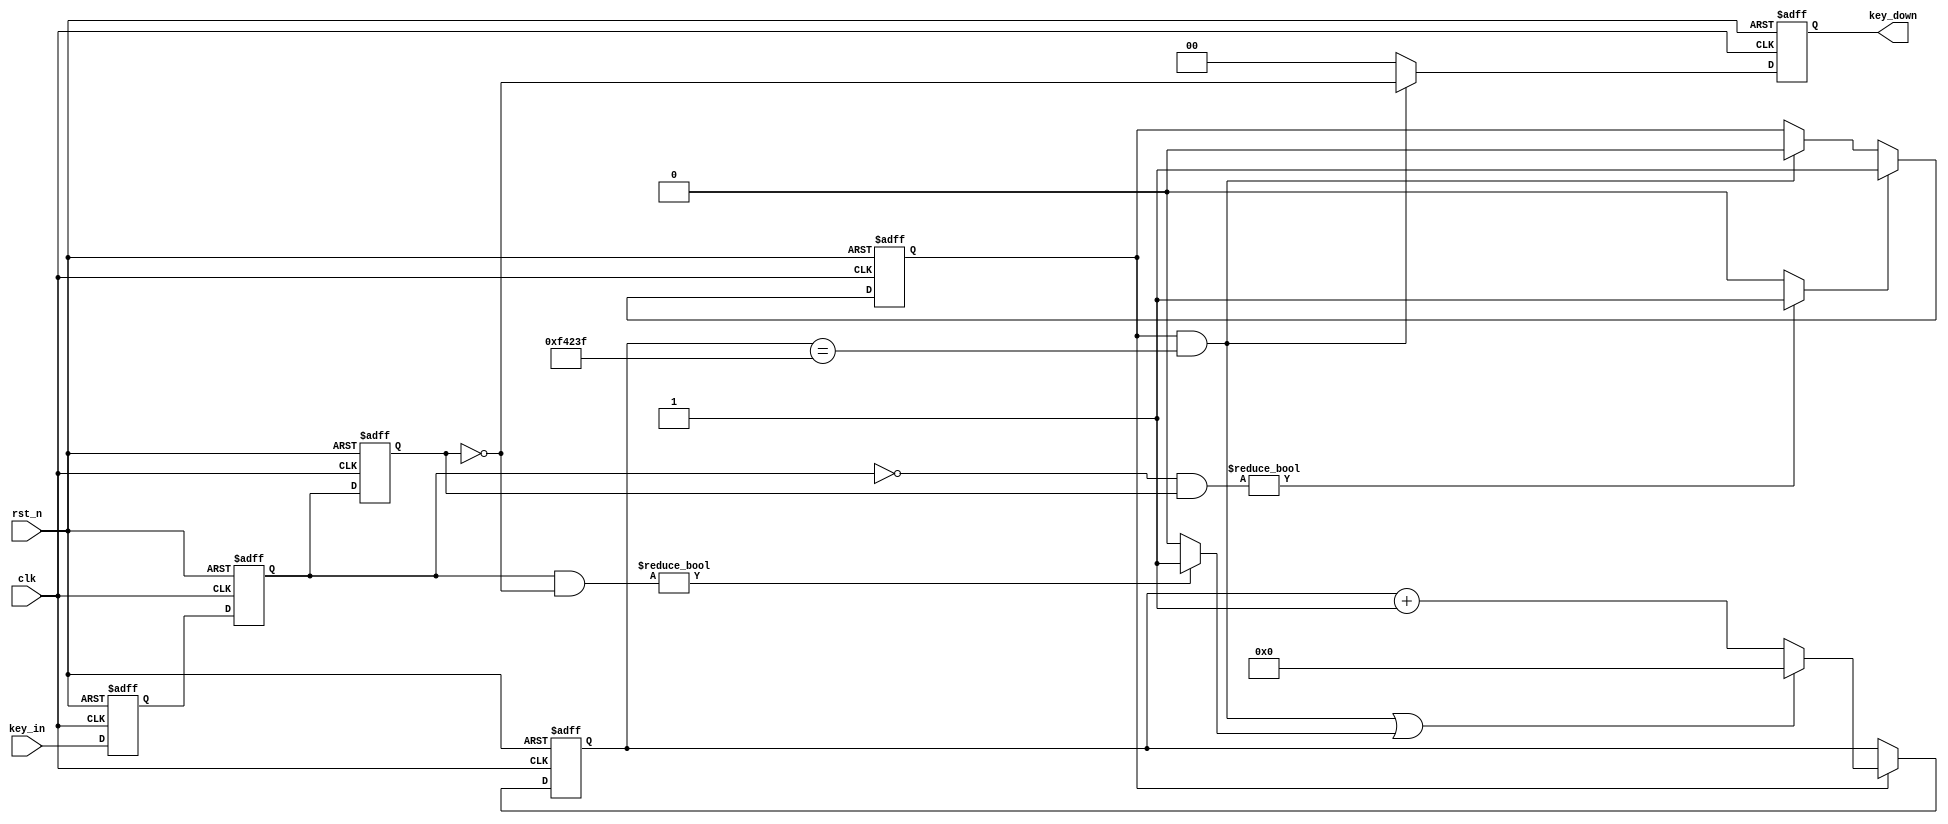
module key_filter 
#(
    parameter   KEY_W = 2,
                DELAY_TIME = 1_000_000
)
(
    input                      clk     ,
    input                      rst_n   ,
    input       [KEY_W-1:0]    key_in  ,
    output  reg [KEY_W-1:0]    key_down
);

    //计数器
    reg [19:0] cnt;

    // 标志信号
    reg filter_flag;
    reg [KEY_W-1:0] key_r0;
    reg [KEY_W-1:0] key_r1;
    reg [KEY_W-1:0] key_r2;

    // 对输入按键进行打拍，异步信号同步并检测边沿
    // 打几拍就是延时几个周期
    always @(posedge clk or negedge rst_n) begin
        if(!rst_n) begin
            key_r0 <= -1; //负数以补码的方式存放，对原码取反加1
            key_r1 <= -1;
            key_r2 <= -1;
        end
        else begin
            key_r0 <= key_in;
            key_r1 <= key_r0;
            key_r2 <= key_r1;
        end
    end

    // 第一种检测边沿
    // assign n_edge = {!key_r1[1] && key_r2[1],!key_r1[0] && key_r2[0]};

    // 第二种检测边沿
    assign n_edge = ~key_r1 & key_r2 ? 1'b1 : 1'b0;

    assign p_edge = key_r1 & ~key_r2 ? 1'b1 : 1'b0;

    // 当检测到下降沿，filter_flag为1
    always @(posedge clk or negedge rst_n) begin
        if(!rst_n) begin
            filter_flag <= 1'b0;
        end
        else if(n_edge) begin
            filter_flag <= 1'b1;
        end
        else if(end_cnt) begin
            filter_flag <= 1'b0;
        end
        else begin
            filter_flag <= filter_flag;
        end
    end

    // 当检测到filter_flga为1的时候开始计数
    always @(posedge clk or negedge rst_n) begin
        if(!rst_n) begin
            cnt <= 0;
        end
        else if(add_cnt) begin
            if(end_cnt || p_edge) begin
                cnt <= 0;
            end
            else begin
                cnt <= cnt + 1;
            end
        end
        else begin
            cnt <= cnt;
        end
    end

    assign add_cnt = filter_flag;
    assign end_cnt = add_cnt && cnt == DELAY_TIME-1;

    // key_down取的值是最后当前周期的key_r2值，是个稳定的值
    always @(posedge clk or negedge rst_n) begin
        if(!rst_n) begin
            key_down <= 0;
        end
        else if(end_cnt) begin
            key_down <= ~key_r2;
        end
        else begin
            key_down <= 0;
        end
    end

endmodule